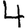
Digit: 4